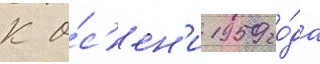
К о́с'ен'и 1959 го́да